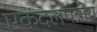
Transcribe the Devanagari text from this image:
एकदलपत्रीय